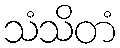
သံသိတံ